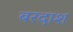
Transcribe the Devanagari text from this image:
बरदाश